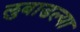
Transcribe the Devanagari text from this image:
लुबाडल्या